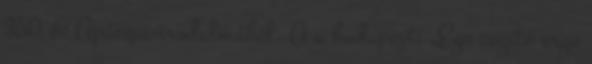
350 év Apáczai-irodalmából. A a budapesti „Ego cogito ergo